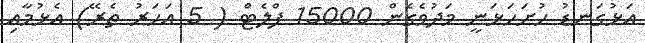
އަޅުގަނޑު ހުށަހަޅަނީ މަދުވެގެން 15000 ފްލެޓް ( 5 އަހަރު ތެރޭ) އެޅުމާއި